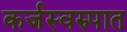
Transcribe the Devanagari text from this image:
कर्जस्वरुपात